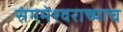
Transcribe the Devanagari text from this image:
संगमेश्वराच्याच